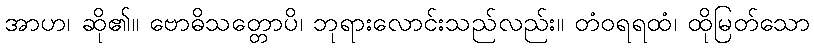
အာဟ၊ ဆို၏။ ဗောဓိသတ္တောပိ၊ ဘုရားလောင်းသည်လည်း။ တံဝရရထံ၊ ထိုမြတ်သော